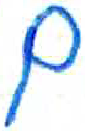
אות: ם